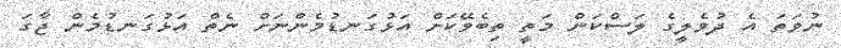
ނުވަތަ އެ ދުވެލީގެ ލަސްކަން މަތީ ތިބެވޭކަށް އަޅުގަނޑުމެންނަށް ނެތް އަޅުގަނޑުމެން ޖާގަ